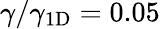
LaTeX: \gamma/\gamma_{1\mathrm{D}}=0.05